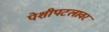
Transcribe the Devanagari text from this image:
पेशीपटलावर